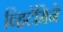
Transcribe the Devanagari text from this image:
व्हिटॅमिने